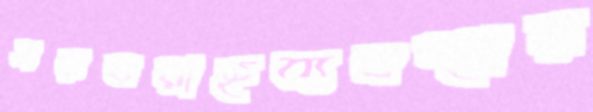
সরবরাহব্যবস্থায়